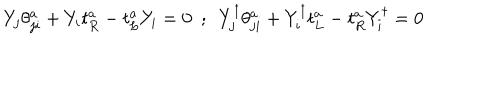
Y _ { j } \theta _ { j i } ^ { a } + Y _ { i } t _ { R } ^ { a } - t _ { L } ^ { a } Y _ { i } = 0 ~ ~ ; ~ ~ Y _ { j } ^ { \dagger } \theta _ { j i } ^ { a } + Y _ { i } ^ { \dagger } t _ { L } ^ { a } - t _ { R } ^ { a } Y _ { i } ^ { \dagger } = 0